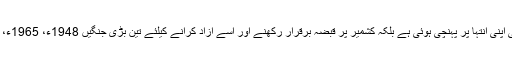
تشویش یہ نہیں کہ دونوں بڑے فریق ایٹمی صلاحیت کے حامل ہیں اور انکی دشمنی اپنی انتہا پر پہنچی ہوئی ہے بلکہ کشمیر پر قبضہ برقرار رکھنے اور اسے آزاد کرانے کیلئے تین بڑی جنگیں 1948ء، 1965ء، 1971ءاسکے علاوہ کارگل اور گزشتہ سال میں محدود فضائی جنگ ہو چکی ہے۔